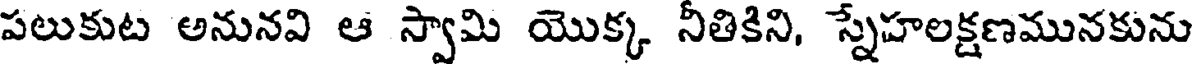
పలుకుట అనునవి ఆ స్వామి యొక్క నీతికిని, స్నేహలక్షణమునకును